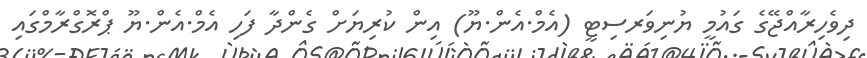
ދިވެހިރާއްޖޭގެ ގައުމީ ޔުނިވަރސިޓީ (އެމް.އެން.ޔޫ) އިން ކުރިޔަށް ގެންދާ ފަހި އެމް.އެން.ޔޫ ޕްރޮގްރާމްގައި